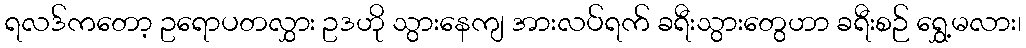
ရလဒ်ကတော့ ဥရောပတလွှား ဥဒဟို သွားနေကျ အားလပ်ရက် ခရီးသွားတွေဟာ ခရီးစဉ် ရွှေ့မလား၊